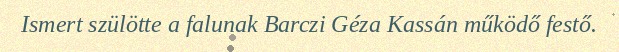
Ismert szülötte a falunak Barczi Géza Kassán működő festő.